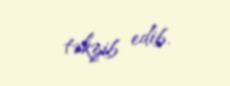
təkzib edib.